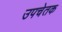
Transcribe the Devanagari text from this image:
उपचेतक